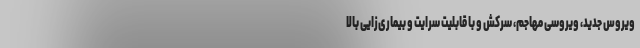
ویروس جدید، ویروسی مهاجم، سرکش و با قابلیت سرایت و بیماری‌‌زایی بالا